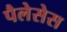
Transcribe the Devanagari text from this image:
पैलेसेस